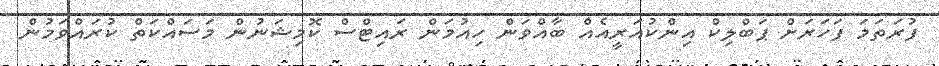
ފުރަތަމަ ފަހަރަށް ޕަބްލިކް އިންކުއަރީއެއް ބާއްވަން ހިއުމަން ރައިޓްސް ކޮމިޝަނުން މަސައްކަތް ކުރައްވަމުން